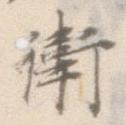
衛